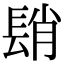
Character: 𨲆